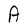
Character: A